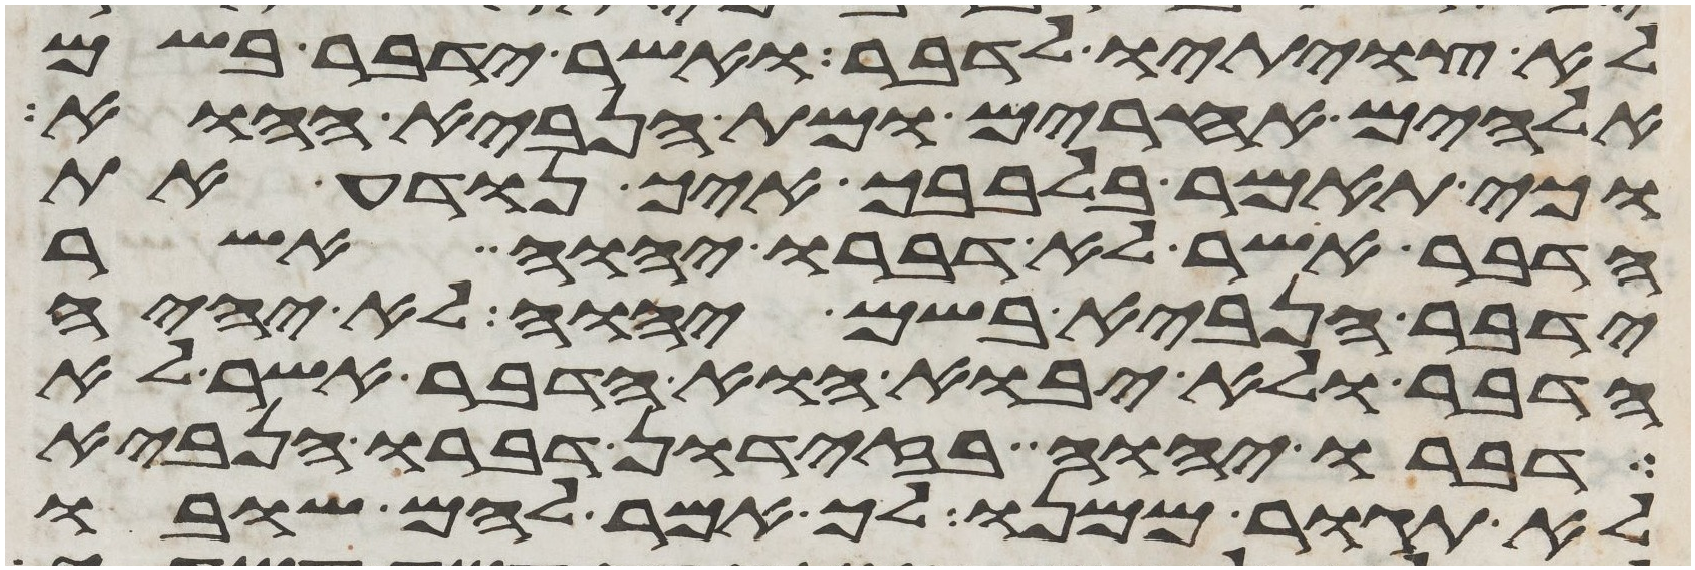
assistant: לא צויתיו לדבר ואשר ידבר בשם
אלהים אחרים ומת הנביא ההוא
וכי תאמר בלבבך איך נודע את
הדבר אשר לא דברו יהוה אשר
ידבר הנביא בשם יהוה לא יהיה
הדבר ולא יבוא הוא הדבר אשר לא
דברו יהוה בזדון דברו הנביא
לא תגור ממנו לך אמר להם שובו